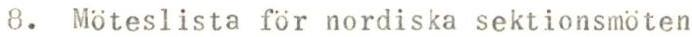
8. Möteslista för nordiska sektionsmöten